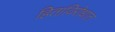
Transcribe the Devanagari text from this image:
हिताविरोधात